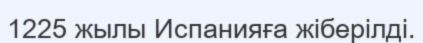
1225 жылы Испанияға жіберілді.